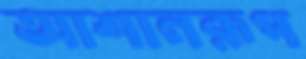
আশানরূপ